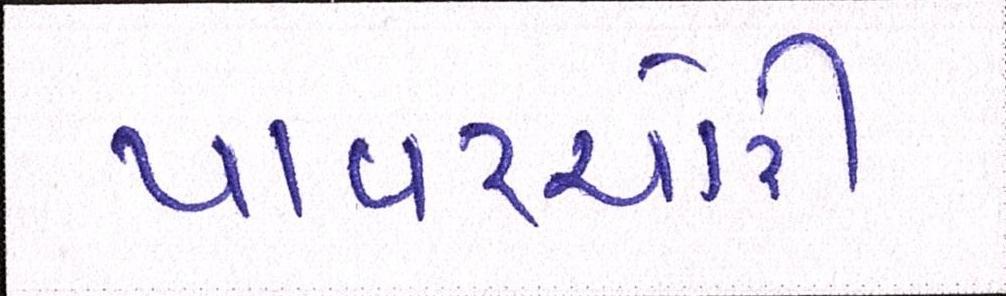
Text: પાવરચોરી